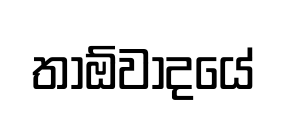
තාඕවාදයේ